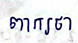
ពាក្យថា